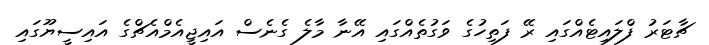
ޗާޓަރު ފްލައިޓެއްގައި ރޭ ފަތިހުގެ ވަގުތެއްގައި އޭނާ މާލެ ގެނެސް އައިޖީއެމްއެެޗްގެ އައިސީޔޫގައި